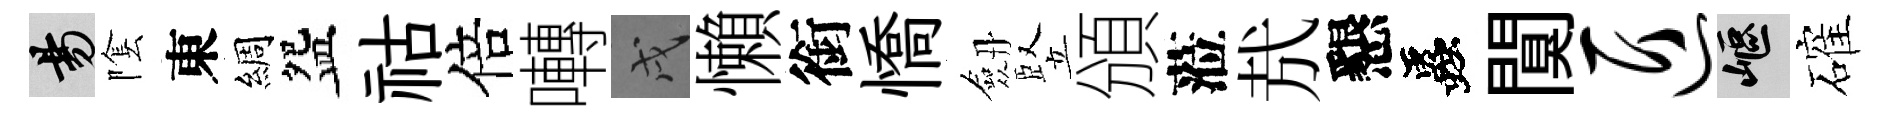
昜隂東綢盌祜倍囀戌懶銜憍劔竪頒蒞㢤懇蟲闃匠嶇確